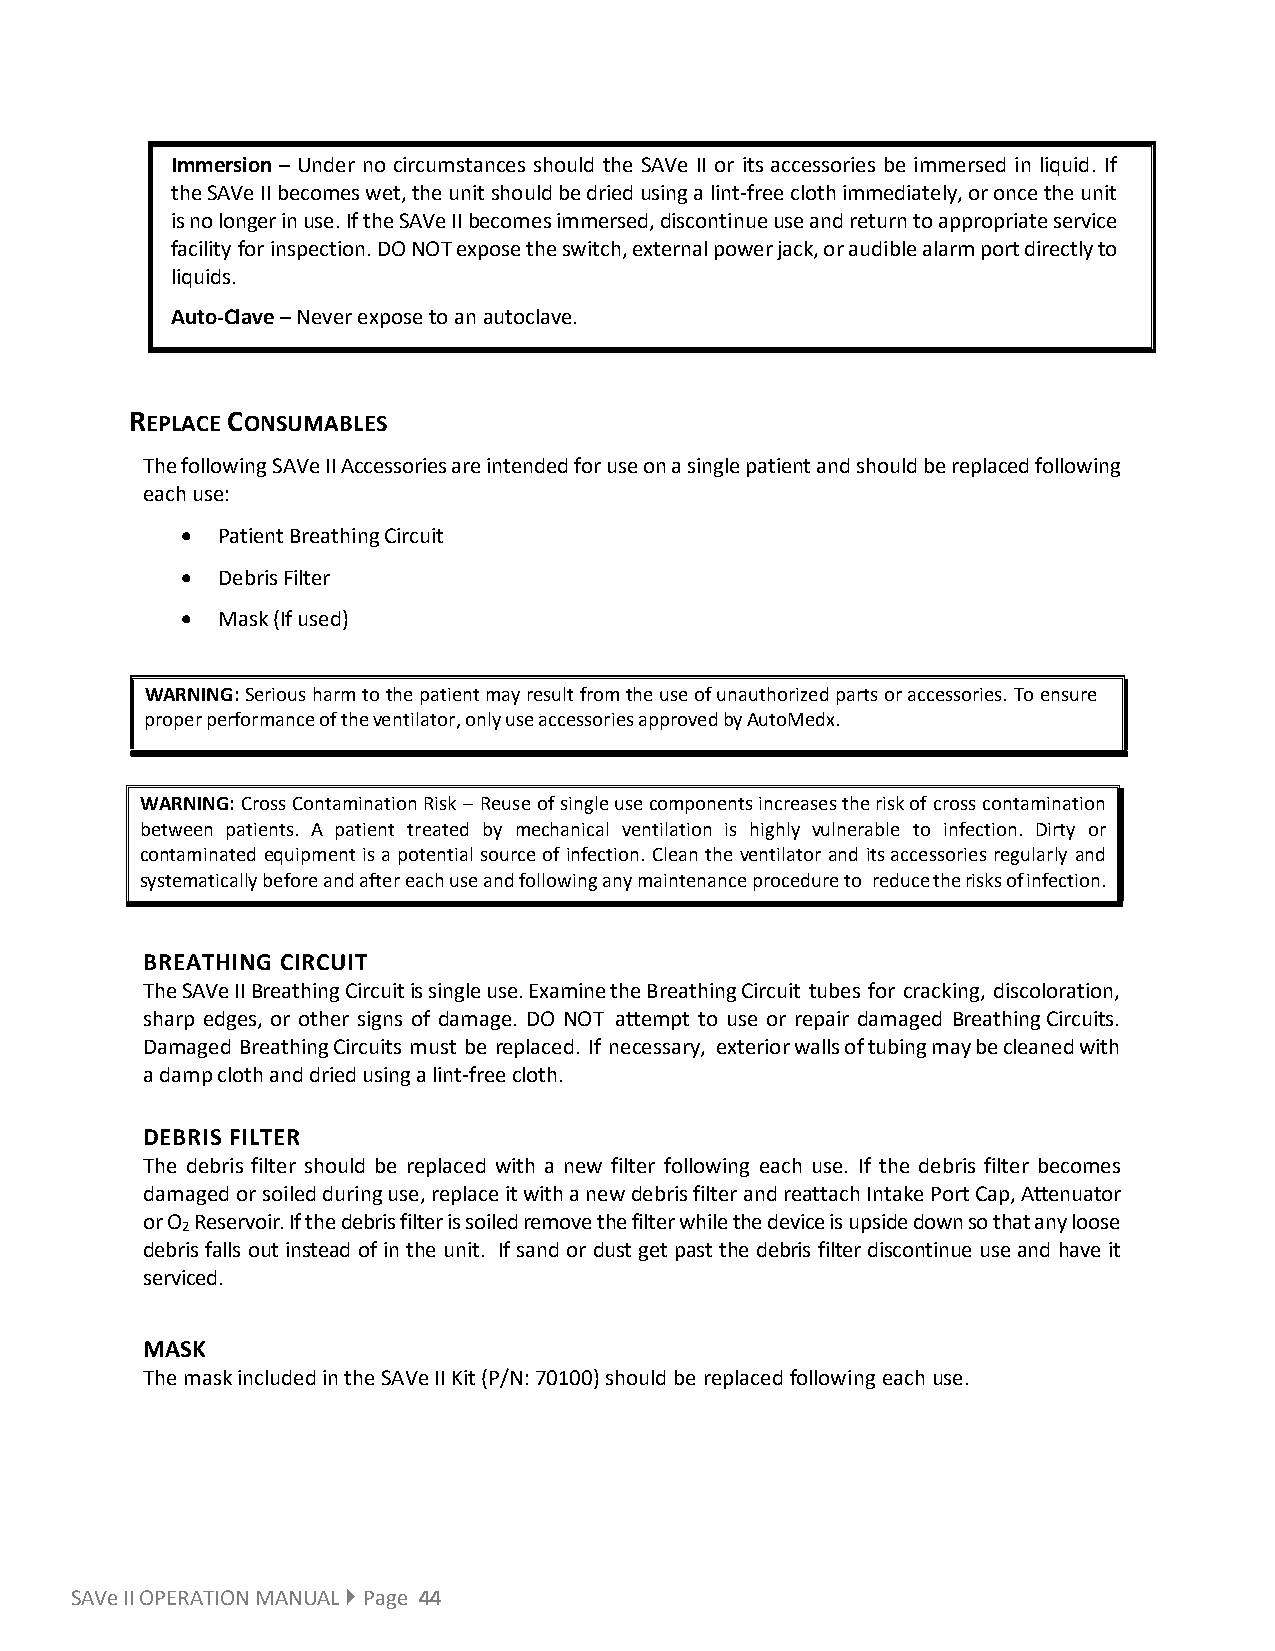
Immersion – Under no circumstances should the SAVe II or its accessories be immersed in liquid. If
 the SAVe II becomes wet, the unit should be dried using a lint-free cloth immediately, or once the unit
 is no longer in use. If the SAVe II becomes immersed, discontinue use and return to appropriate service
 facility for inspection. DO NOT expose the switch, external power jack, or audible alarm port directly to
 liquids.
 Auto-Clave – Never expose to an autoclave.
 REPLACE CONSUMABLES
 The following SAVe II Accessories are intended for use on a single patient and should be replaced following
 each use:
 • Patient Breathing Circuit
 • Debris Filter
 • Mask (If used)
 WARNING: Serious harm to the patient may result from the use of unauthorized parts or accessories. To ensure
 proper performance of the ventilator, only use accessories approved by AutoMedx.
 WARNING: Cross Contamination Risk – Reuse of single use components increases the risk of cross contamination
 between patients. A patient treated by mechanical ventilation is highly vulnerable to infection. Dirty or
 contaminated equipment is a potential source of infection. Clean the ventilator and its accessories regularly and
 systematically before and after each use and following any maintenance procedure to reduce the risks of infection.
 BREATHING CIRCUIT
 The SAVe II Breathing Circuit is single use. Examine the Breathing Circuit tubes for cracking, discoloration,
 sharp edges, or other signs of damage. DO NOT attempt to use or repair damaged Breathing Circuits.
 Damaged Breathing Circuits must be replaced. If necessary, exterior walls of tubing may be cleaned with
 a damp cloth and dried using a lint-free cloth.
 DEBRIS FILTER
 The debris filter should be replaced with a new filter following each use. If the debris filter becomes
 damaged or soiled during use, replace it with a new debris filter and reattach Intake Port Cap, Attenuator
 or O Reservoir. If the debris filter is soiled remove the filter while the device is upside down so that any loose
 2
 debris falls out instead of in the unit. If sand or dust get past the debris filter discontinue use and have it
 serviced.
 MASK
 The mask included in the SAVe II Kit (P/N: 70100) should be replaced following each use.
 SAVe II OPERATION MANUAL  Page 44